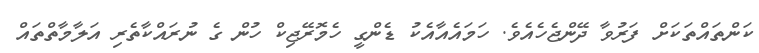
ކަންތައްތަކަށް ފަރުވާ ދޭންޖެހެއެވެ. ހަމައެއާއެކު ޑެންގީ ހެމޮރޭޖިކް ހުން ގެ ނުރައްކާތެރި އަލާމާތްތައް